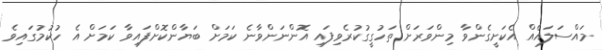
މައްސަލައެއް އެކަށީގެންވާ މިންވަރަށް ތަހުގީގުކުރެވިފައި އޮންނަންވާނެ ކަމަށް ބަޔާންކޮށްފައިވާ ކަމަށް އެ ހުކުމުގައިވެ